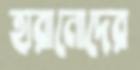
হারানোদের